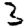
Digit: 3